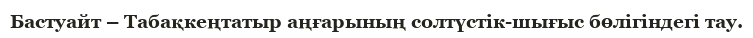
Бастуайт – Табақкеңтатыр аңғарының солтүстік-шығыс бөлігіндегі тау.